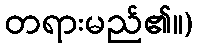
တရားမည်၏။)